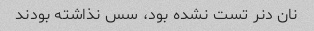
نان دنر تست نشده بود، سس نذاشته بودند